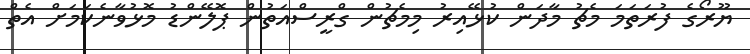
ޔޫރޯގެ ފުރަތަމަ މެޗު މާދަން ކުޅޭއިރު މިމެޗުން ގްރީސްއަތުން ޕޮލޭންޑު މޮޅުވާނެކަމަށް އެތް